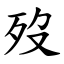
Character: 歿